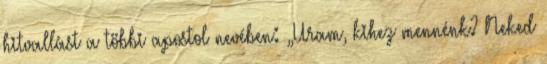
hitvallást a többi apostol nevében: „Uram, kihez mennénk? Neked